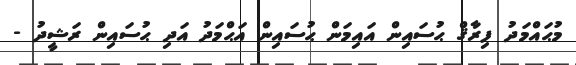
މުޙައްމަދު ފިރާޤް ޙުސައިން އައިމަން ޙުސައިން އަޙްމަދު އަދި ޙުސައިން ރަޝީދު -